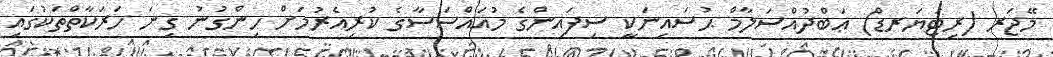
މޭޖަރ (ރިޓަޔަރޑް) ޢަބްދުއްސަލާމް ޙުސައިނަކީ ސިފައިންގެ މުއައްސަސާގެ ކުރިއެރުމަށް ހިންގުނު ގިނަ ހަރަކާތްތަކުގައި